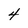
Character: 4